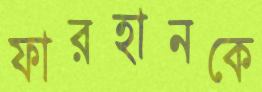
ফারহানকে